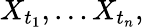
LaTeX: X_{t_{1}},\dots X_{t_{n}},